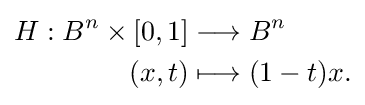
{\begin{aligned}H:B^{n}\times [0,1]&\longrightarrow B^{n}\\(x,t)&\longmapsto (1-t)x.\end{aligned}}